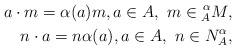
LaTeX: \begin{align*} a \cdot m = \alpha(a) m,a \in A,\ m \in \prescript{\alpha}{A}{M}, \\ n \cdot a = n \alpha(a),a \in A,\ n \in N^\alpha_A,\end{align*}